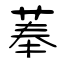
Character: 菶